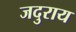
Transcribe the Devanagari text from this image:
जदुराय